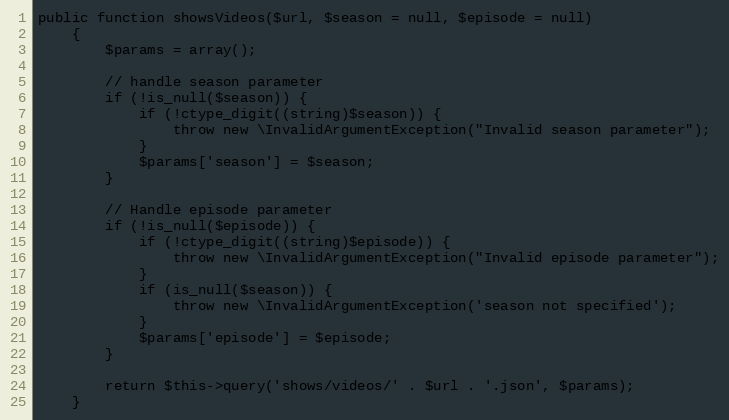
Language: PHP
public function showsVideos($url, $season = null, $episode = null)
    {
        $params = array();

        // handle season parameter
        if (!is_null($season)) {
            if (!ctype_digit((string)$season)) {
                throw new \InvalidArgumentException("Invalid season parameter");
            }
            $params['season'] = $season;
        }

        // Handle episode parameter
        if (!is_null($episode)) {
            if (!ctype_digit((string)$episode)) {
                throw new \InvalidArgumentException("Invalid episode parameter");
            }
            if (is_null($season)) {
                throw new \InvalidArgumentException('season not specified');
            }
            $params['episode'] = $episode;
        }

        return $this->query('shows/videos/' . $url . '.json', $params);
    }